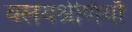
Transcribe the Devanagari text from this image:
वलयश्रेणियाँ